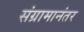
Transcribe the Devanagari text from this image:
संग्रामानंतर